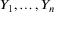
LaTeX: Y _ { 1 } , \ldots , Y _ { n }